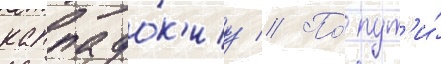
каппадо́к'иу // По́ пут'и́